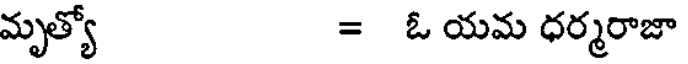
మృత్యో = ఓ యమ ధర్మరాజా